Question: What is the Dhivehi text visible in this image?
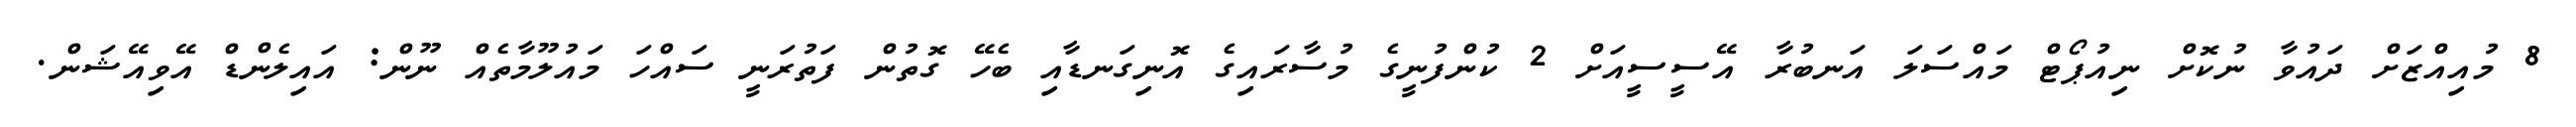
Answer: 8 މުއިއްޒަށް ދައުވާ ނުކޮށް ނިއުޕޯޓް މައްސަލަ އަނބުރާ އޭސީސީއަށް 2 ކުންފުނީގެ މުސާރައިގެ އޮނިގަނޑާއި ބެހޭ ގޮތުން ފަތުރަނީ ސައްހަ މައުލޫމާތެއް ނޫން: އައިލެންޑް އޭވިއޭޝަން.